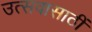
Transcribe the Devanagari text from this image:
उत्सवासाठीं